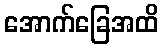
အောက်ခြေအထိ